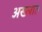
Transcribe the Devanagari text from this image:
अख्लात